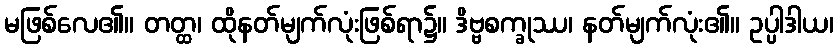
မဖြစ်လေ၏။ တတ္ထ၊ ထိုနတ်မျက်လုံးဖြစ်ရာ၌။ ဒိဗ္ဗစက္ခုဿ၊ နတ်မျက်လုံး၏။ ဥပ္ပါဒါယ၊